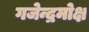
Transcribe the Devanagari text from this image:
गजेन्द्रमोक्ष